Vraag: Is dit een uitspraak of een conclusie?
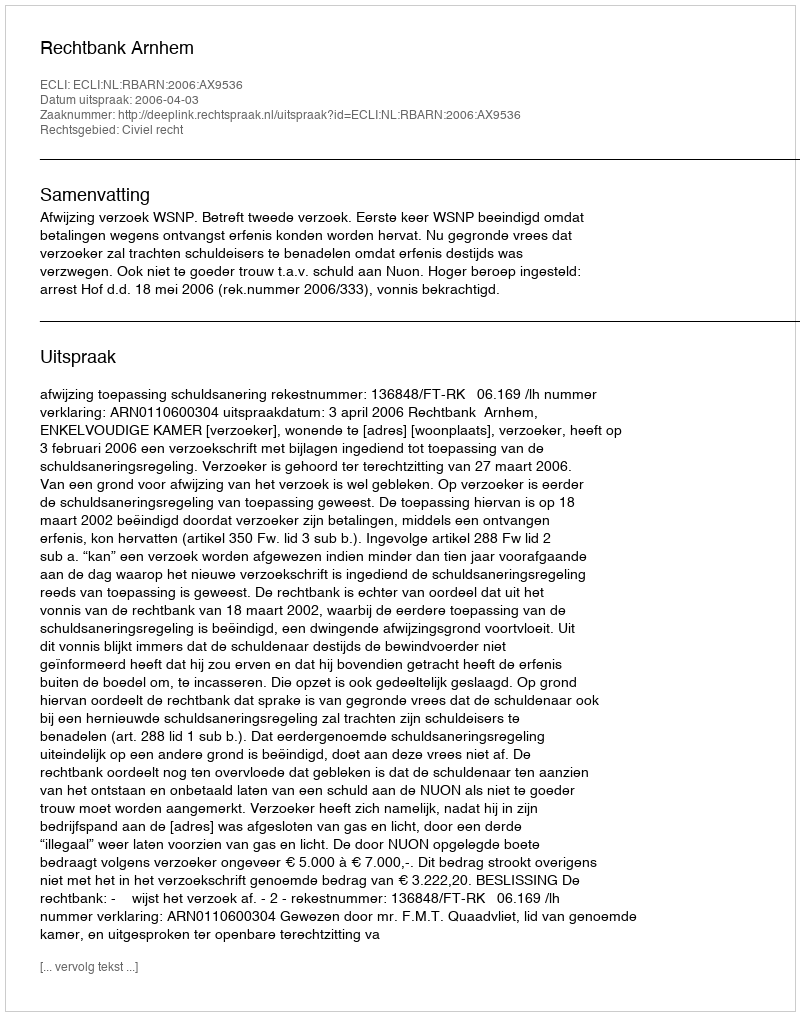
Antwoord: Uitspraak